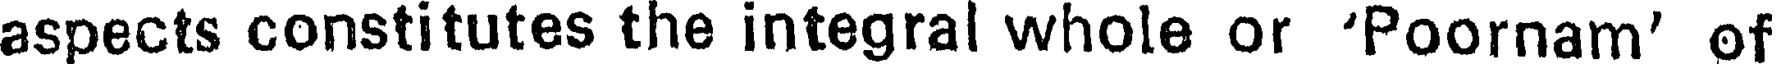
aspects constitutes the integral whole or 'Poornam' of